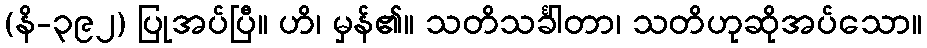
(နိ-၃၉၂) ပြုအပ်ပြီ။ ဟိ၊ မှန်၏။ သတိသင်္ခါတာ၊ သတိဟုဆိုအပ်သော။